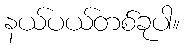
နယ်ပယ်တစ်ခုပါ။